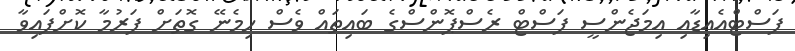
ފަސްޓްއެއިޑާއި އިމަޖެންސީ ފަސްޓް ރެސްޕޮންސްގެ ބައިތައް ވެސް ހިމެނޭ ގޮތަށް ފަރުމާ ކޮށްފައިވާ